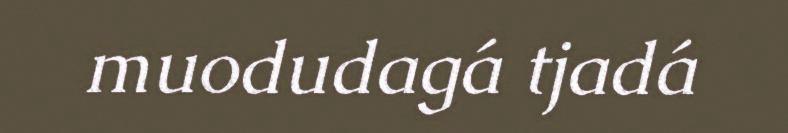
muodudagá tjadá